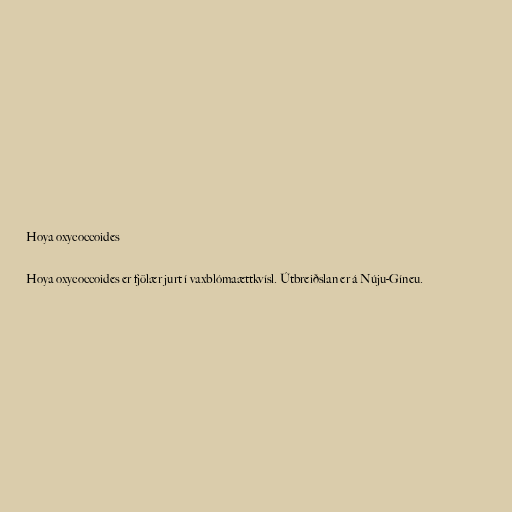
Hoya oxycoccoides

Hoya oxycoccoides er fjölær jurt í vaxblómaættkvísl. Útbreiðslan er á Núju-Gíneu.